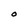
Character: O